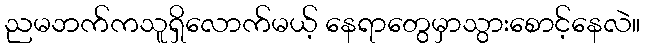
ညမဘက်ကသူရှိလောက်မယ့် နေရာတွေမှာသွားစောင့်နေလဲ။